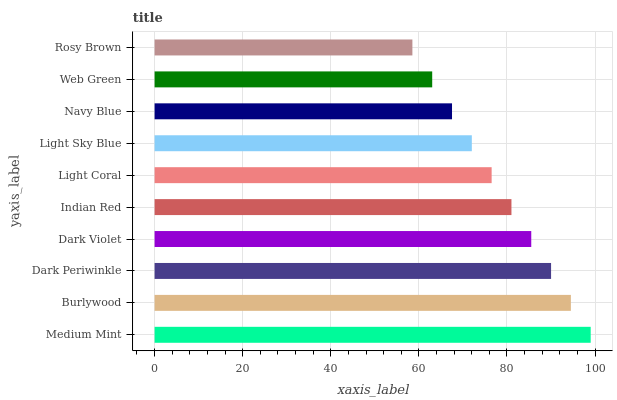
| yaxis_label | bars |
 | --- | --- |
 | Medium Mint | 99 |
 | Burlywood | 94.5 |
 | Dark Periwinkle | 90 |
 | Dark Violet | 85.5 |
 | Indian Red | 81 |
 | Light Coral | 76.5 |
 | Light Sky Blue | 72 |
 | Navy Blue | 67.5 |
 | Web Green | 63 |
 | Rosy Brown | 58.5 |